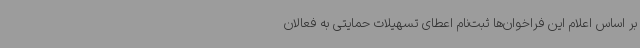
بر اساس اعلام این فراخوان‌ها ثبت‌نام اعطای تسهیلات حمایتی به فعالان